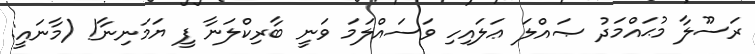
ރަސޫލާ މުޙައްމަދު ޞައްލަ ޢަލައިހި ވަސައްލަމަ ވަނީ ބާރިކްލަނާ ފީ ޔަމަނިނާ! (މާނައީ: